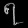
Digit: ၇